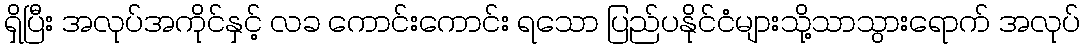
ရှိပြီး အလုပ်အကိုင်နှင့် လခ ကောင်းကောင်း ရသော ပြည်ပနိုင်ငံများသို့သာသွားရောက် အလုပ်